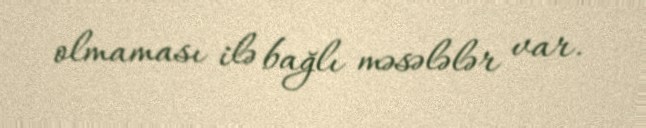
olmaması ilə bağlı məsələlər var.